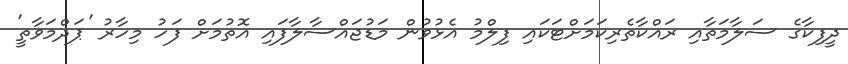
ދީފިކާގެ ސަލާމަތާއި ރައްކާތެރިކަމަށްޓަކައި ފިލްމު އެޅުވުން މަޑުޖައްސާލާފައި އޮތުމަށް ފަހު މިހާރު 'ޕަދްމަވާތީ'